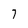
Character: 7